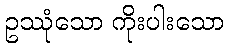
ဥဿုံသော ကိုးပါးသော